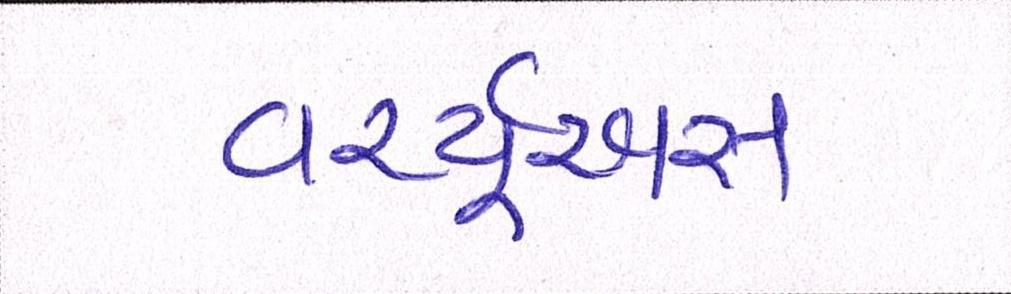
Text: વર્ચ્યૂઅસ